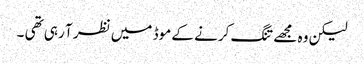
لیکن وہ مجھے تنگ کرنے کے موڈ میں نظر آ رہی تھی ۔